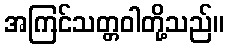
အကြင်သတ္တဝါတို့သည်။